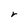
Character: r